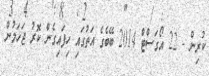
ކުރިން - 22 އޯގަސްޓް 2014 ބޭބެގެ އަތުގައި ހިފައިގެން ކޮރު ޖަހަމުން